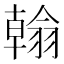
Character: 𦒋